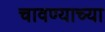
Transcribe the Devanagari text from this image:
चावण्याच्या